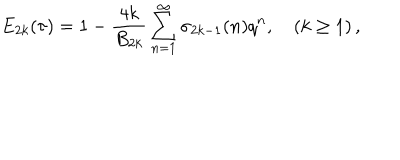
LaTeX: E _ { 2 k } ( \tau ) = 1 - \frac { 4 k } { B _ { 2 k } } \sum _ { n = 1 } ^ { \infty } \sigma _ { 2 k - 1 } ( n ) q ^ { n } , \quad ( k \ge 1 ) \, ,